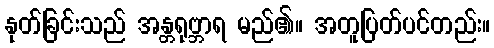
နုတ်ခြင်းသည် အန္တရုဗ္ဘာရ မည်၏။ အတူပြတ်ပင်တည်း။